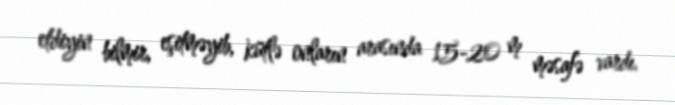
etdiyin bilmir, eşitməyib, kütlə onların arasında 15-20 m məsafə vardı.